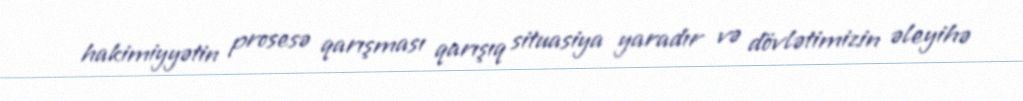
hakimiyyətin prosesə qarışması qarışıq situasiya yaradır və dövlətimizin əleyihə